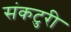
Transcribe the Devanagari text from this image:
संकटुरी